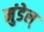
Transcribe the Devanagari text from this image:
मुंडेल्